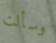
وسألت